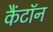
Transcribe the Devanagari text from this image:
कैंटॉन